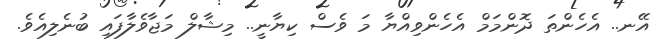
އޭނ.. އެހެންތަ ދޮންމަމް އެހެންވިއްޔާ މަ ވެސް ކިޔާނީ.. މިޝާލް މަޖާވެލާފައި ބުނެލިއެވެ.